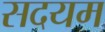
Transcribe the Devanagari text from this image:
सदयम